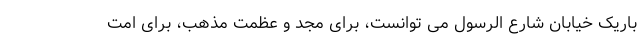
باریک خیابان شارع الرسول می توانست، برای مجد و عظمت مذهب، برای امت